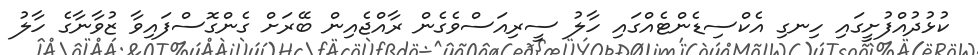
ކުޅުދުއްފުށީގައި ހިނގި އެކްސިޑެންޓެއްގައި ހާލު ސީރިއަސްވެގެން ރާއްޖެއިން ބޭރަށް ގެންގޮސްފައިވާ ޒުވާނާގެ ހާލު